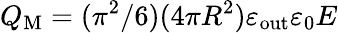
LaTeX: Q_{\mathrm{M}}=(\pi^{2}/6)(4\pi R^{2})\varepsilon_{\mathrm{out}}\varepsilon_{0}E